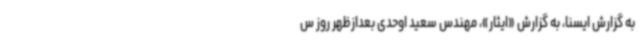
به گزارش ایسنا، به گزارش «ایثار»، مهندس سعید اوحدی بعدازظهر روز س